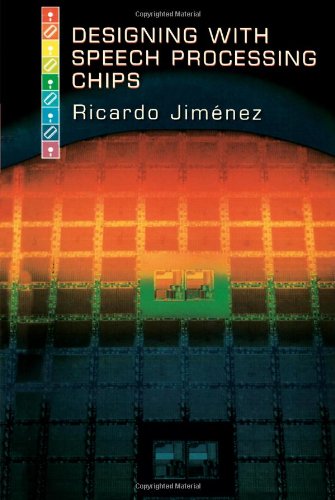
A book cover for Designing With Speech Processing Chips; Ricardo Jimenez; Computers & Technology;